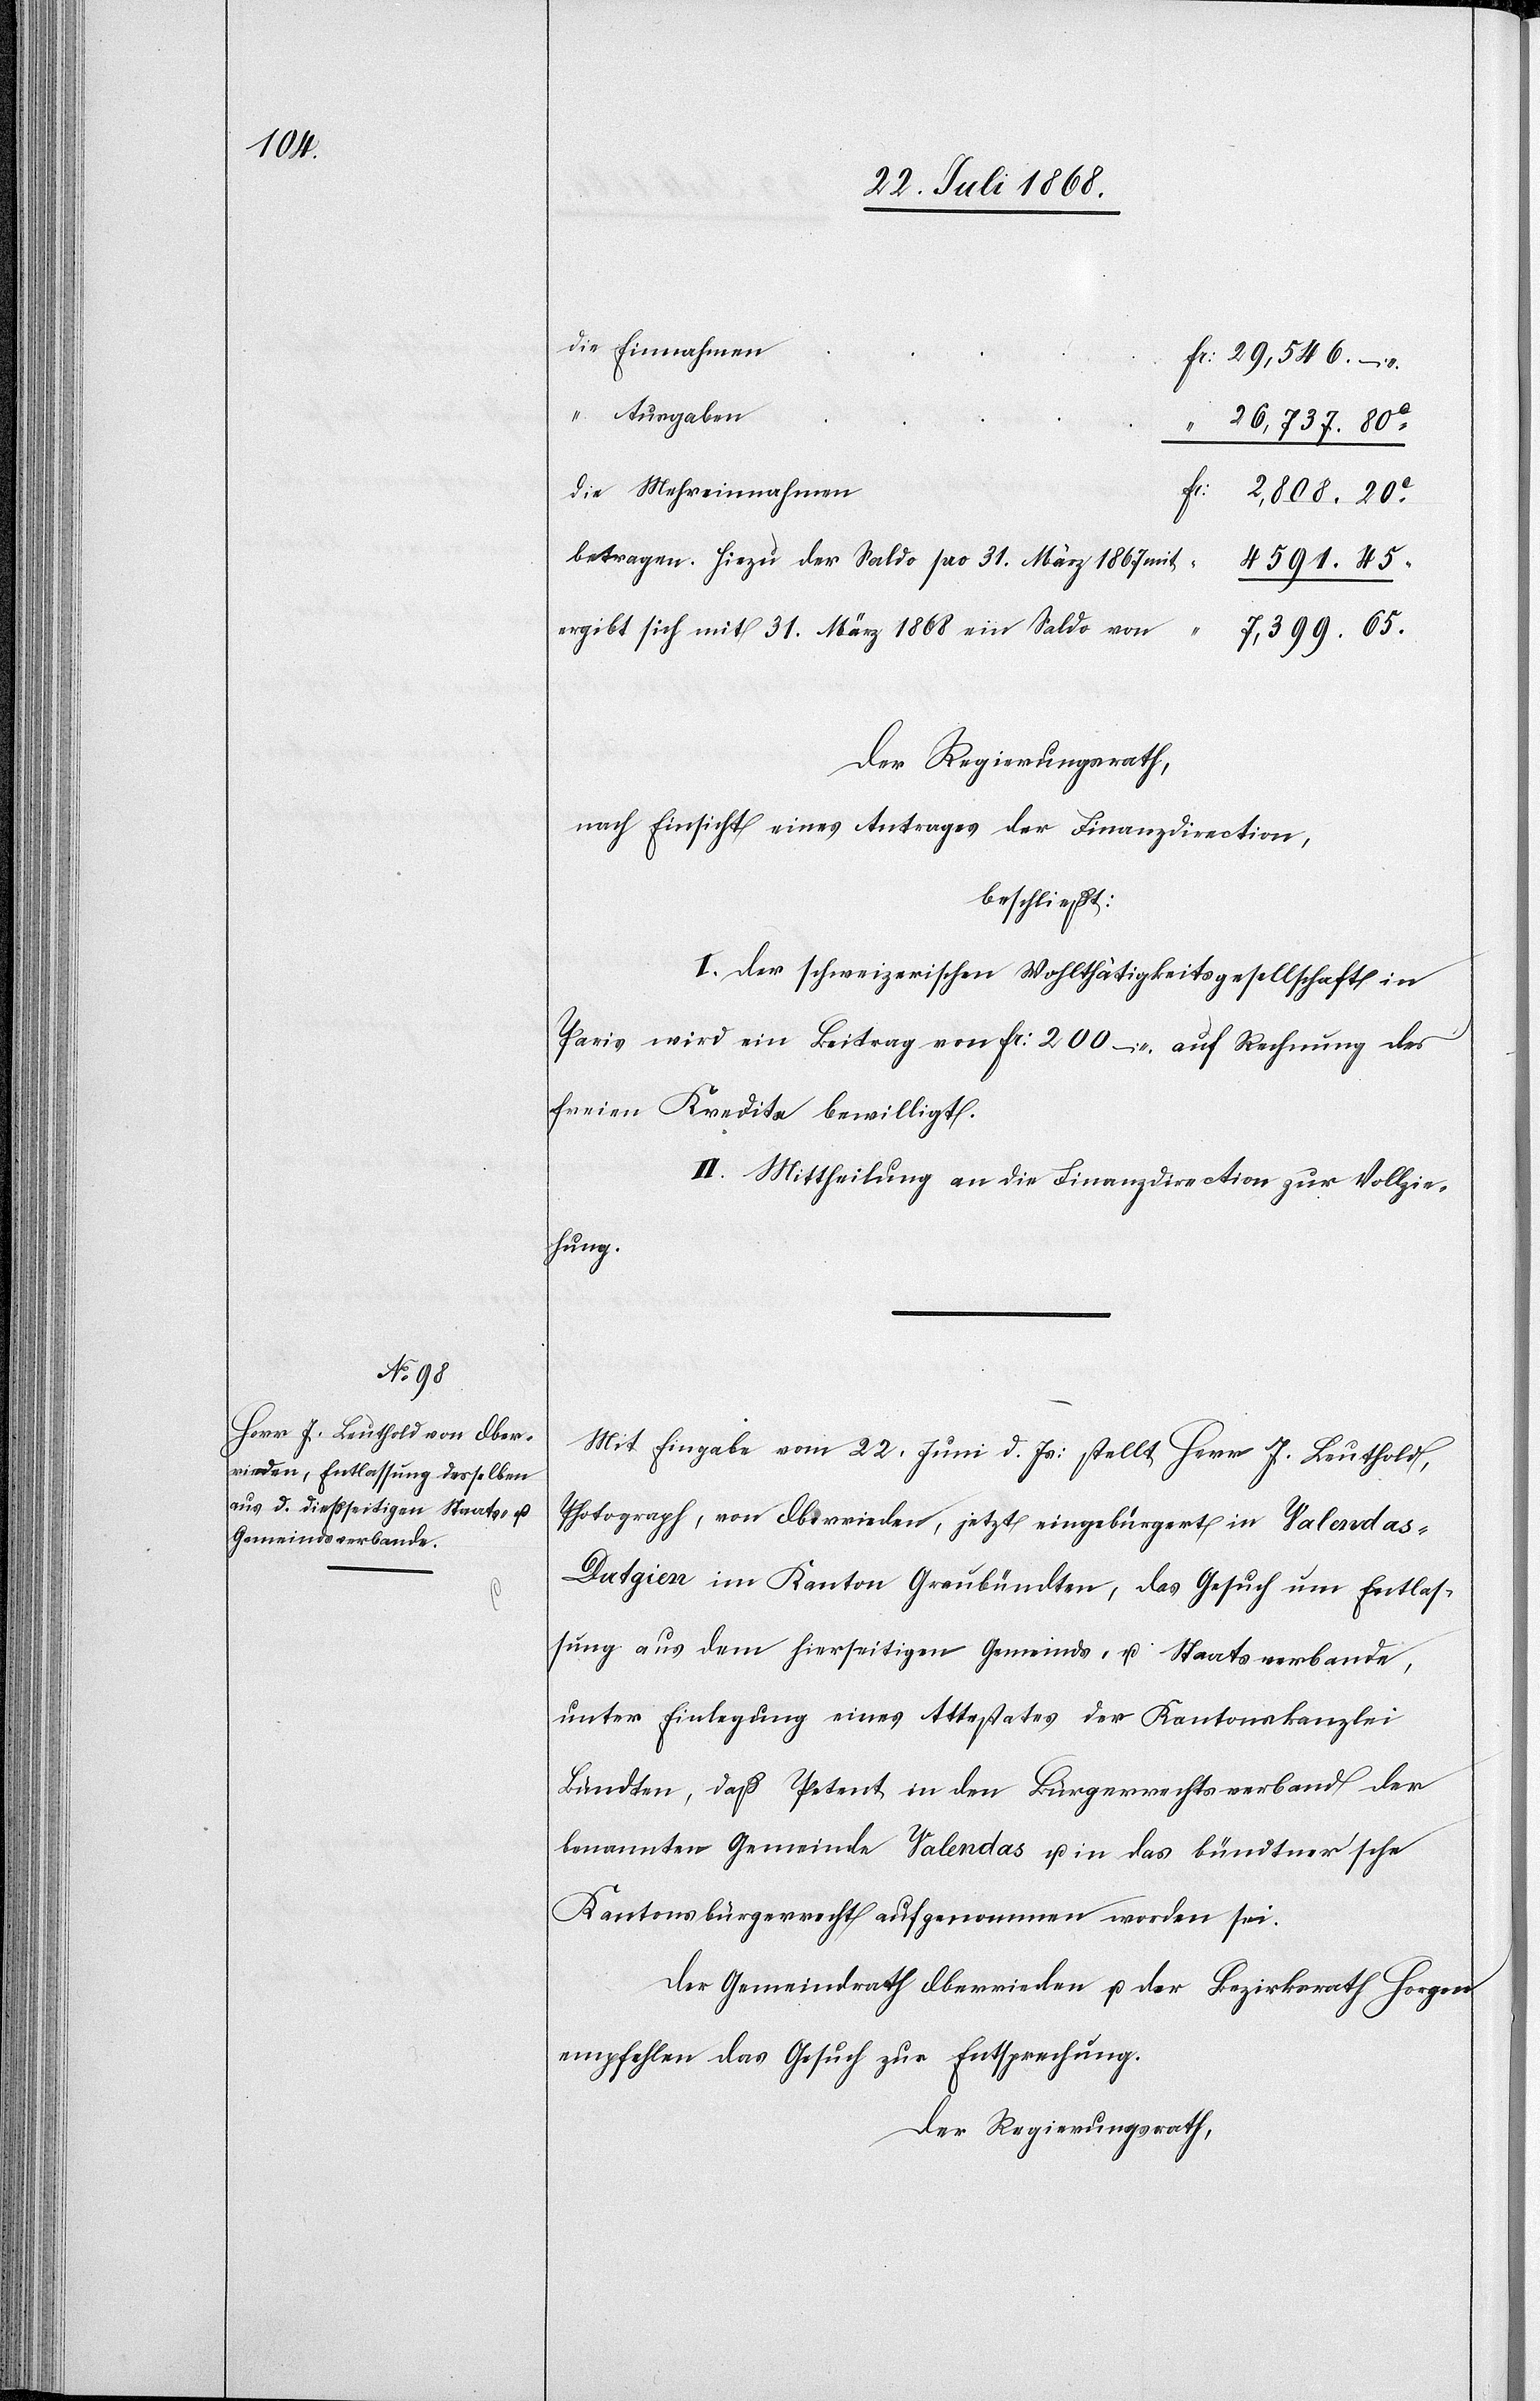
die Einnahmen
Fr: 29,546. –
Ausgaben
“ 26,737. 80c
die Mehreinnahmen
Fr: 2,808. 20c
betragen. Hiezu der Saldo pro 31. März 1867 mit
4591. 45.
ergibt sich mit 31. März 1868 ein Saldo von
7,399. 65.
Der Regierungsrath,
nach Einsicht eines Antrages der Finanzdirection,
beschließt:
I. Der schweizerischen Wohlthätigkeitsgesellschaft in
Paris wird ein Beitrag von Fr: 200 – auf Rechnung des
freien Kredits bewilligt.
II. Mittheilung an die Finanzdirection zur Vollzie¬
hung.
Mit Eingabe vom 22. Juni d. Js: stellt Herr J. Leuthold,
Photograph, von Oberrieden, jetzt eingebürgert in Valendas -
Dutgien im Kanton Graubündten, das Gesuch um Entlas¬
sung aus dem hierseitigen Gemeinds- u. Staatsverbande,
unter Einlegung eines Attestates der Kantonskanzlei
Bündten, daß Petent in den Bürgerrechtsverband der
benannten Gemeinde Valendas u. in das bündtner’sche
Kantonsbürgerrecht aufgenommen worden sei.
Der Gemeindrath Oberrieden u. der Bezirksrath Horgen
empfehlen das Gesuch zur Entsprechung.
Der Regierungsrath,